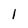
Character: 1